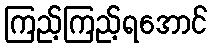
ကြည့်ကြည့်ရအောင်